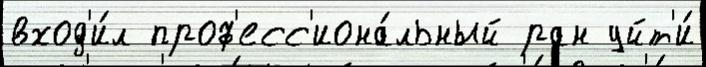
вход'и́л проф'есс'иона́льный ран уйт'и́